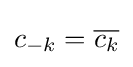
c_{-k}={\overline {c_{k}}}